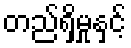
တည်ရှိမှုနှင့်